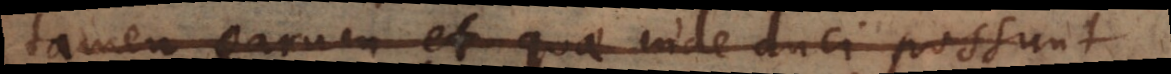
tamen earum et quae inde duci possunt